Elephants and their diseases
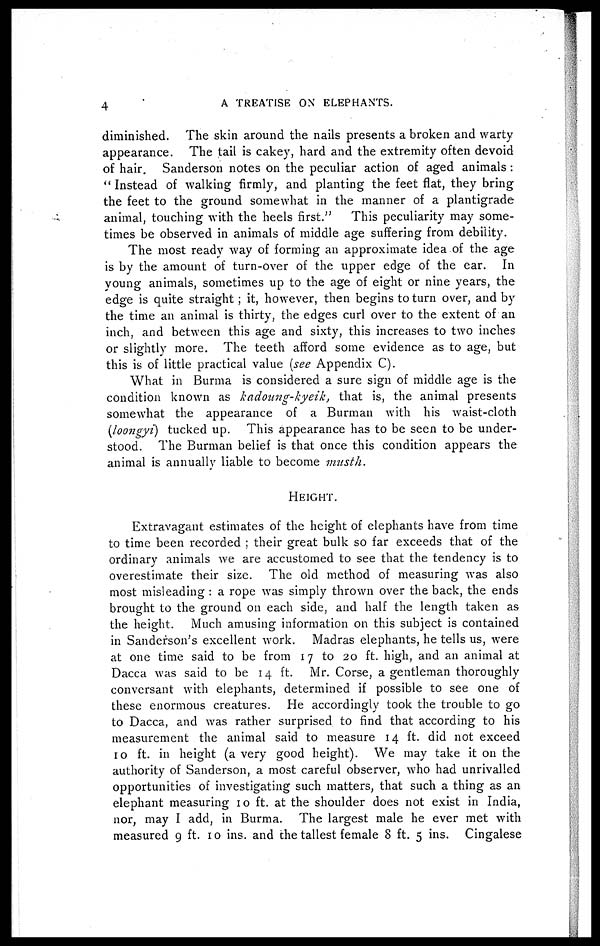
4
A TREATISE ON ELEPHANTS.
diminished. The skin around the nails presents a broken and warty
appearance. The tail is cakey, hard and the extremity often devoid
of hair. Sanderson notes on the peculiar action of aged animals :
" Instead of walking firmly, and planting the feet flat, they bring
the feet to the ground somewhat in the manner of a plantigrade
animal, touching with the heels first." This peculiarity may some-
times be observed in animals of middle age suffering from debility.
The most ready way of forming an approximate idea of the age
is by the amount of turn-over of the upper edge of the ear. In
young animals, sometimes up to the age of eight or nine years, the
edge is quite straight; it, however, then begins to turn over, and by
the time an animal is thirty, the edges curl over to the extent of an
inch, and between this age and sixty, this increases to two inches
or slightly more. The teeth afford some evidence as to age, but
this is of little practical value (see Appendix C).
What in Burma is considered a sure sign of middle age is the
condition known as kadoung-kyeik,
that is, the animal presents
somewhat the appearance of a Burman with his waist-cloth
(loongyi) tucked up. This appearance has to be seen to be under-
stood. The Burman belief is that once this condition appears the
animal is annually liable to become musth.
HEIGHT.
Extravagant estimates of the height of elephants have from time
to time been recorded ; their great bulk so far exceeds that of the
ordinary animals we are accustomed to see that the tendency is to
overestimate their size. The old method of measuring was also
most misleading : a rope was simply thrown over the back, the ends
brought to the ground on each side, and half the length taken as
the height. Much amusing information on this subject is contained
in Sanderson's excellent work. Madras elephants, he tells us, were
at one time said to be from 17 to 20 ft. high, and an animal at
Dacca was said to be 14 ft. Mr. Corse, a gentleman thoroughly
conversant with elephants, determined if possible to see one of
these enormous creatures. He accordingly took the trouble to go
to Dacca, and was rather surprised to find that according to his
measurement the animal said to measure 14 ft. did not exceed
10 ft. in height (a very good height). We may take it on the
authority of Sanderson, a most careful observer, who had unrivalled
opportunities of investigating such matters, that such a thing as an
elephant measuring 10 ft. at the shoulder does not exist in India,
nor, may I add, in Burma. The largest male he ever met with
measured 9 ft. 10 ins. and the tallest female 8 ft. 5 ins. Cingalese